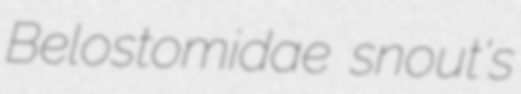
Belostomidae snout's